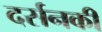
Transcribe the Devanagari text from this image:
दर्सनकी